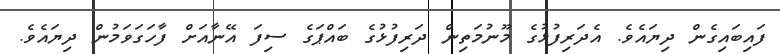
ފައިބައިގެން ދިޔައެވެ. އެދަރިފުޅުގެ މޫނުމަތިން ދަރިފުޅުގެ ބައްޕަގެ ސިފަ އޭނާއަށް ފާހަގަވަމުން ދިޔައެވެ.